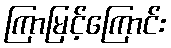
ကြာမြင့်ကြောင်း